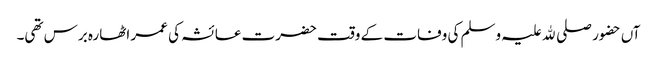
آں حضور صلی ﷲ علیہ وسلم کی وفات کے وقت حضرت عائشہ کی عمر اٹھارہ برس تھی۔